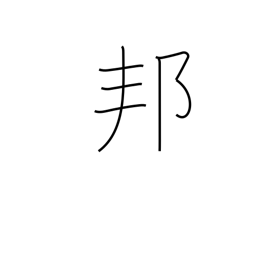
Meaning: Japan